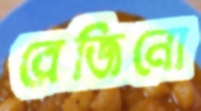
রেজিনো